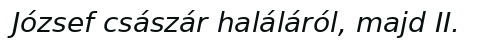
József császár haláláról, majd II.